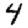
Digit: 4